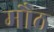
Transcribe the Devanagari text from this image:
मौठ